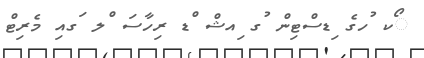
ޯކ ުހގެ ިޑސްޓިން ުގ ިއޝް ްޑ ރިހާސަ ްލ ަގއި މެރިޓް